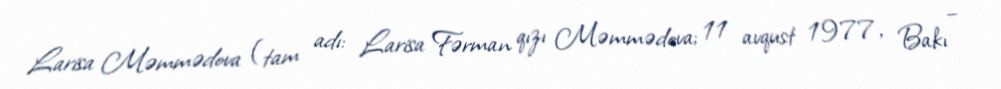
Larisa Məmmədova (tam adı: Larisa Fərman qızı Məmmədova; 11 avqust 1977, Bakı –